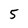
Character: 5